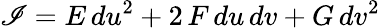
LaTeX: \mathscr{I}=E\, du^{2}+2\, F\, du\, dv+G\, dv^{2}